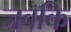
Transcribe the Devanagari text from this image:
जवकि